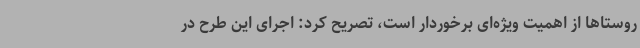
روستاها از اهمیت ویژه‌ای برخوردار است، تصریح کرد: اجرای این طرح در